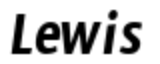
Lewis